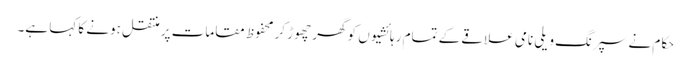
حکام نے سپرنگ ویلی نامی علاقے کے تمام رہائشیوں کو گھر چھوڑ کر محفوظ مقامات پر منتقل ہونے کا کہا ہے۔